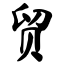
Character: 贸